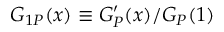
G _ { 1 P } ( x ) \equiv G _ { P } ^ { \prime } ( x ) / G _ { P } ( 1 )